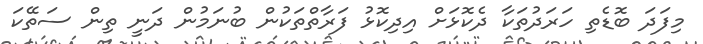
މިފަދަ ބޮޑެތި ހަރަދުތަކާ ދެކޮޅަށް އިދިކޮޅު ފަރާތްތަކުން ބުނަމުން ދަނީ ތިން ސަތޭކަ